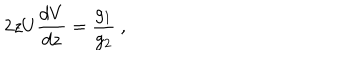
2 z U { \frac { d V } { d z } } = { \frac { g _ { 1 } } { g _ { 2 } } } ~ ,